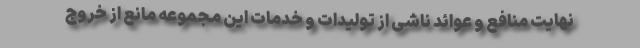
نهایت منافع و عوائد ناشی از تولیدات و خدمات این مجموعه مانع از خروج